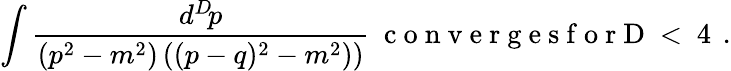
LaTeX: \int{\frac{d^{D}\! p}{(p^{2}-m^{2})\left((p-q)^{2}-m^{2})\right)}}\mathrm{~\ c~o~n~v~e~r~g~e~s~f~o~r~D~<~4~}\, .